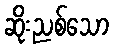
ဆိုးညစ်သော